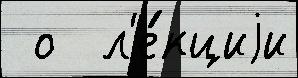
 о  л'е́кциjи